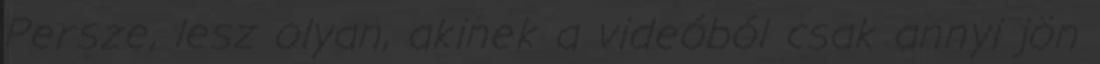
Persze, lesz olyan, akinek a videóból csak annyi jön